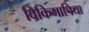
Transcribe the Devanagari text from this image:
विकिमापिया